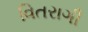
વિતરાગી